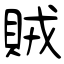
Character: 賊